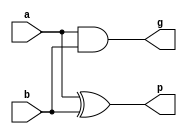
`timescale 1ns / 1ps
//////////////////////////////////////////////////////////////////////////////////
// Company: 
// Engineer: 
// 
// Design Name: 
// Module Name: gp1
// Project Name: 
// Target Devices: 
// Tool Versions: 
// Description: 
// 
// Dependencies: 
// 
// Revision:
// Revision 0.01 - File Created
// Additional Comments:
// 
//////////////////////////////////////////////////////////////////////////////////


module gp1(input a, input b, output g, output p);
    assign g = a & b;
    assign p = a ^ b;
endmodule